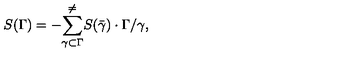
S ( \Gamma ) = - { \sum _ { \gamma \subset \Gamma } ^ { \neq } } S ( \bar { \gamma } ) \cdot \Gamma / \gamma ,